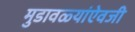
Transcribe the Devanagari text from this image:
मुडावळ्यांऐवजी